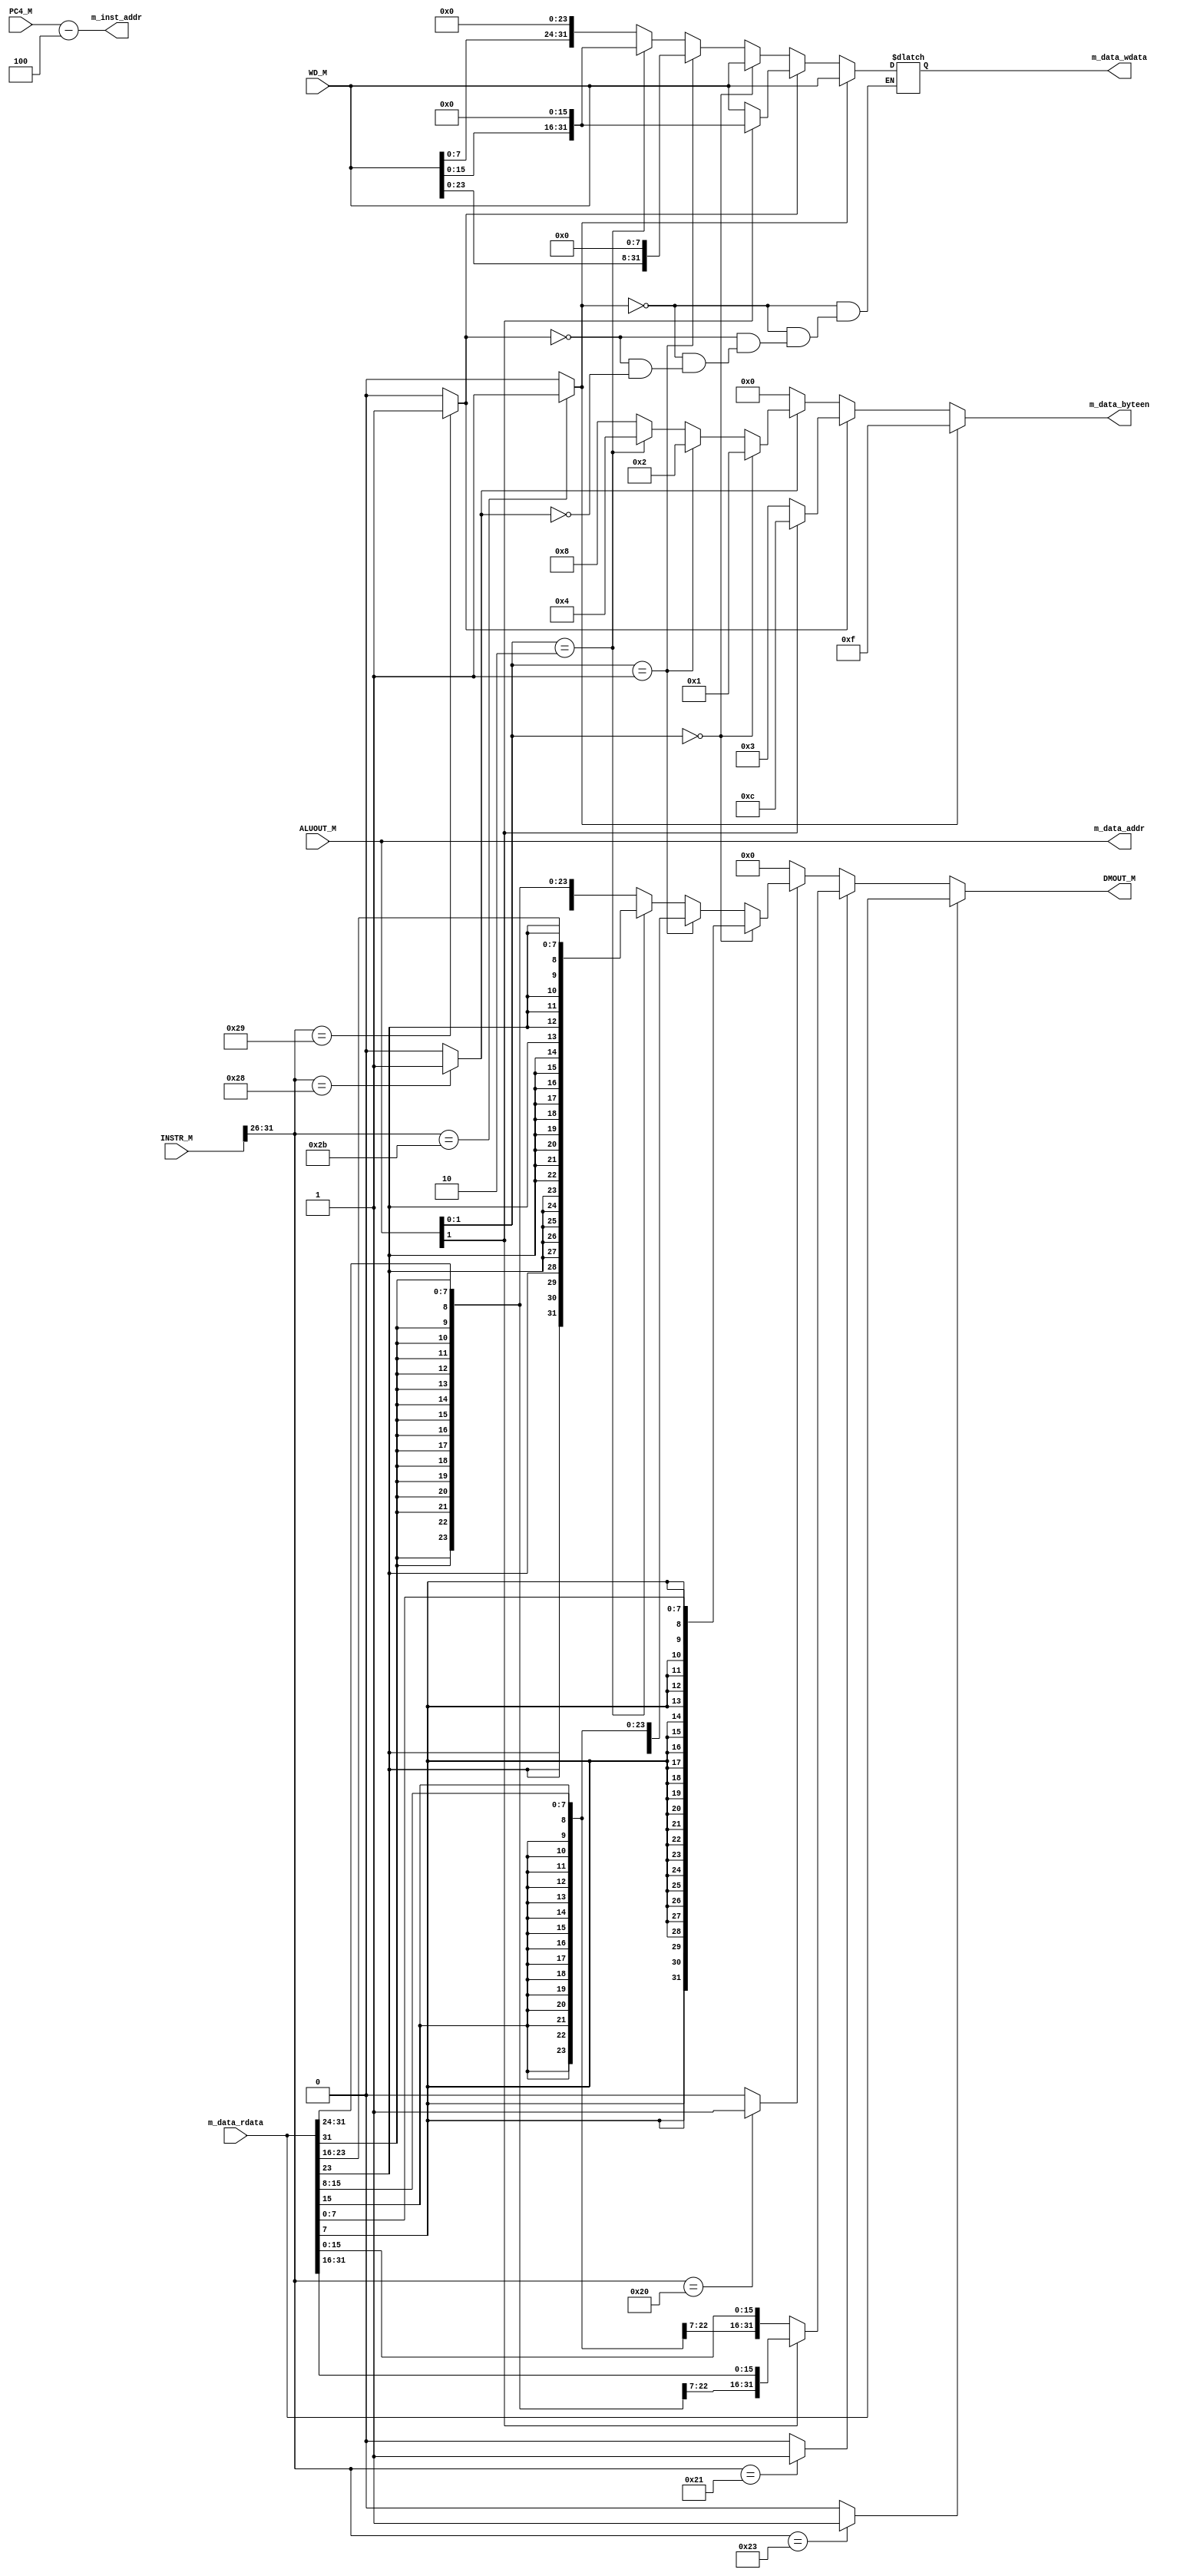
`timescale 1ns / 1ps
//////////////////////////////////////////////////////////////////////////////////
// Company: 
// Engineer: 
// 
// Design Name: 
// Module Name:    M_DataExt 
// Project Name: 
// Target Devices: 
// Tool versions: 
// Description: 
//
// Dependencies: 
//
// Revision: 
// Revision 0.01 - File Created
// Additional Comments: 
//
//////////////////////////////////////////////////////////////////////////////////
module M_DataExt(
    input [31:0] INSTR_M,
    input [31:0] WD_M,
    input [31:0] ALUOUT_M,
    input [31:0] PC4_M,
	 input [31:0] m_data_rdata,
    output [31:0] DMOUT_M,
	 output [3:0] m_data_byteen,
	 output [31:0] m_data_wdata,
	 output [31:0] m_data_addr,
	 output [31:0] m_inst_addr
    );

reg [31:0] Wdata;	 

assign m_data_addr = ALUOUT_M;
assign m_inst_addr = PC4_M - 4;

wire [1:0] by;
assign by = ALUOUT_M[1:0];

wire [5:0] opcode;
wire lw, lh, lb, sw, sh, sb;
assign opcode = INSTR_M[31:26];

assign lw = (opcode == 6'b100011)? 1 : 0;
assign lh = (opcode == 6'b100001)? 1 : 0;
assign lb = (opcode == 6'b100000)? 1 : 0;
assign sw = (opcode == 6'b101011)? 1 : 0;
assign sh = (opcode == 6'b101001)? 1 : 0;
assign sb = (opcode == 6'b101000)? 1 : 0;

reg [3:0] symbol;
always @(*)begin
	if(sw == 1)begin
		symbol = 4'b1111;
		Wdata = WD_M;
	end
	else if(sh == 1)begin
		if(by[1] == 1)begin
			symbol = 4'b1100;
			Wdata = WD_M << 16;
		end
		else begin
			symbol = 4'b0011;
			Wdata = WD_M;
		end
	end
	else if(sb == 1)begin
		if(by == 2'b00)begin
			symbol = 4'b0001;
			Wdata = WD_M;
		end
		else if(by == 2'b01)begin
			symbol = 4'b0010;
			Wdata = WD_M << 8;
		end
		else if(by == 2'b10)begin
			symbol = 4'b0100;
			Wdata = WD_M << 16;
		end
		else begin
			symbol = 4'b1000;
			Wdata = WD_M << 24;
		end
	end
	else begin
		symbol = 4'b0000;
	end
end
assign m_data_byteen = symbol;
assign m_data_wdata = Wdata;

reg [31:0] Dout;
always @(*)begin
	if(lw == 1)begin
		Dout = m_data_rdata;
	end
	else if(lh == 1)begin
		if(by[1] == 1)begin
			Dout = {{16{m_data_rdata[31]}},m_data_rdata[31:16]};
		end
		else begin
			Dout = {{16{m_data_rdata[15]}},m_data_rdata[15:0]};
		end
	end
	else if(lb == 1)begin
		if(by == 2'b00)begin
			Dout = {{24{m_data_rdata[7]}}, m_data_rdata[7:0]};
		end
		else if(by == 2'b01)begin
			Dout = {{24{m_data_rdata[15]}}, m_data_rdata[15:8]};
		end
		else if(by == 2'b10)begin
			Dout = {{24{m_data_rdata[23]}}, m_data_rdata[23:16]};
		end
		else begin
			Dout = {{24{m_data_rdata[31]}}, m_data_rdata[31:24]};
		end
	end
	else begin
		Dout = 0;
	end
end
assign DMOUT_M = Dout;

endmodule